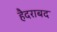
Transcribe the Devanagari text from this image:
हैदराबद